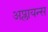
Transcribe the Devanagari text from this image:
अप्लायन्स